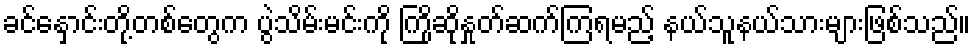
ခင်နှောင်းတို့တစ်တွေက ပွဲသိမ်းမင်းကို ကြိုဆိုနှုတ်ဆက်ကြရမည့် နယ်သူနယ်သားများဖြစ်သည်။